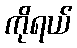
ကိုရယ်